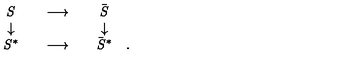
\begin{array} { c c c } { \it S } \\ { \downarrow } \\ { { \it S } ^ { * } } \\ \end{array} \begin{array} { c c c } { } & { \longrightarrow } & { } \\ { } & { } & { } \\ { } & { \longrightarrow } & { } \\ \end{array} \begin{array} { c c c } { { \bar { \it S } } } \\ { \downarrow } \\ { { \bar { \it S } } ^ { * } } \\ \end{array} \begin{array} { c c c } { } & { } & { } \\ { } & { } & { } \\ { . } \\ \end{array}